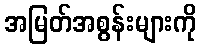
အမြတ်အစွန်းများကို